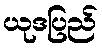
ယုဒပြည်